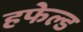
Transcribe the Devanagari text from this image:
हफेल्ड